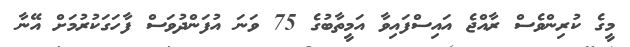
މީގެ ކުރިންވެސް ރާއްޖެ އައިސްފައިވާ އަމީތާބުގެ 75 ވަނަ އުފަންދުވަސް ފާހަގަކުރުމަށް އޭނާ